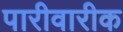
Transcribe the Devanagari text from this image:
पारीवारीक